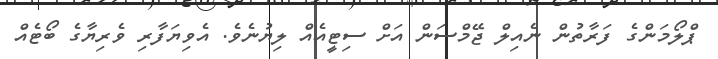
ޕްލޯމަންގެ ފަރާތުން ނެއިލް ޖޭމްސަން އަށް ސިޓީއެއް ލިޔުނެވެ. އެވިޔަފާރި ވެރިޔާގެ ބޯޓެއް